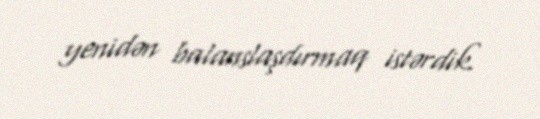
yenidən balanslaşdırmaq istərdik.